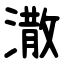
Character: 潵